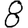
Digit: 8